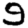
Digit: 9